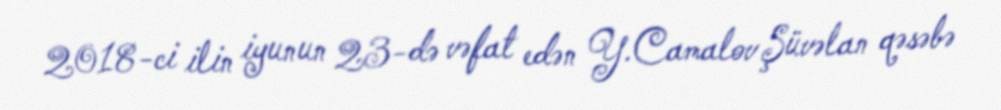
2018-ci ilin iyunun 23-də vəfat edən Y.Camalov Şüvəlan qəsəbə